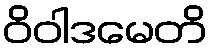
ဝိဝါဒမေတိ